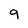
Character: 9